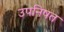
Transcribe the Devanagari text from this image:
उपनिषत